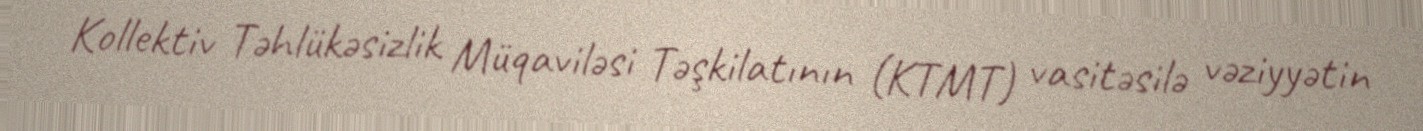
Kollektiv Təhlükəsizlik Müqaviləsi Təşkilatının (KTMT) vasitəsilə vəziyyətin